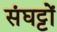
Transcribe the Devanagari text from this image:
संघट्टों